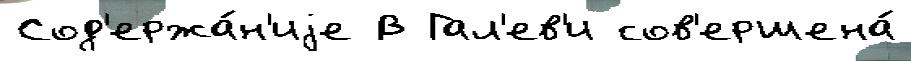
Сод'ержа́н'иjе В Гал'ев'и сов'ершена́